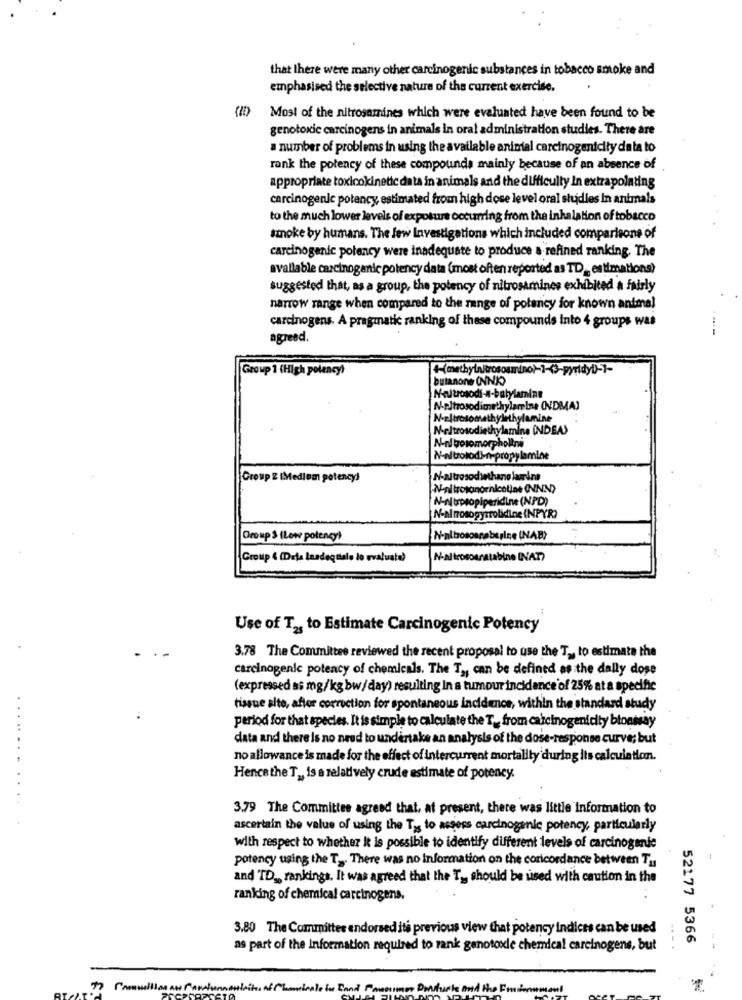
that there were many other carcinogenic substances in tobacco smoke and
emphasised the selective nature of the current exercise.
(1)
Most of the nitrosamines which were evaluated have been found to be
genotoxic carcinogens in animals in oral administration studies. There are
a number of problems in using the available animal carcinogenicity data to
rank the potency of these compounds mainly because of an absence of
appropriate toxicokinetic da ta in animals and the difficulty In extrapolating
carcinogenic potency, estimated from high dose level oral shuidies In animals
to the much lower levels of exposure occurring from the inhalation of tobacco
smoke by humans. The few Investigations which included comparisons of
carcinogenic potency were inadequate to produce a refined ranking. The
available carcinogenic potency data (most often reported as TD ,, estimationa)
suggested that, as a group, the potency of nitrosamines exhibited a fairly
narrow range when compared to the range of potency for known animal
carcinogens. A pragmatic ranking of these compounds into 4 groups was
--
agreed.
Group 1 (High polency)
butanone (NNK)
Neutrosodi-4-butylamine
N-altrosodimethylamine (NDMA)
Meltrosodiethylamine (NDEA)
N-nl bosomorpholtre
N-altrolodi-nr-propylamine
Group & IMedlem potency)
N-altrosodiethano larrire
N-n trpsopiperidine (NPD)
N-al tosogysrolidine (NPYR)
Group 3 (Low potency)
Group & (Deta Inadequiale lo evaluate)
N-altrosonratabine (NAT)
Use of T2, to Estimate Carcinogenic Potency
3.78 The Committee reviewed the recent proposal to use the Ta, to estimate the
carcinogenic potency of chemicals. The T2, can be defined as the daily dose
(expressed as mg/kg bw/ day) resulting In a tumour incidence of 25% at a specific
tissue sito, after correction for spontaneous incidence, within the standard study
period for that species. It is simple to calculate the T ., from carcinogenicity bioassay
data and there is no need to undertake an analysis of the dose-response curve; but
no allowance is made for the effect of intercurrent mortality'during its calculation.
. .
Hence the T ., is a relatively crude estimate of potency.
3.79 The Committee agreed that, at present, there was little Information to
ascertain the value of using the Tys to assess carcinogenic potency, particularly
with respect to whether it is possible to identify different levels of carcinogenic
potency using the T -. There was no Information on the coricordance between Ty
and TD ., rankings. It was agreed that the T ,, should be used with caution in the
ranking of chemical carcinogens.
3.80 The Committee endorsed its previous view that potency indices can be used
52177 5366
as part of the Information required to rank genotoxic chemical carcinogens, but
--